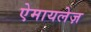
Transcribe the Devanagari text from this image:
ऐमायलेज़